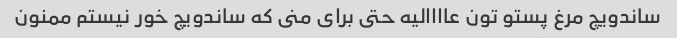
ساندویچ مرغ پستو تون عاااالیه حتى براى منى که ساندویچ خور نیستم ممنون